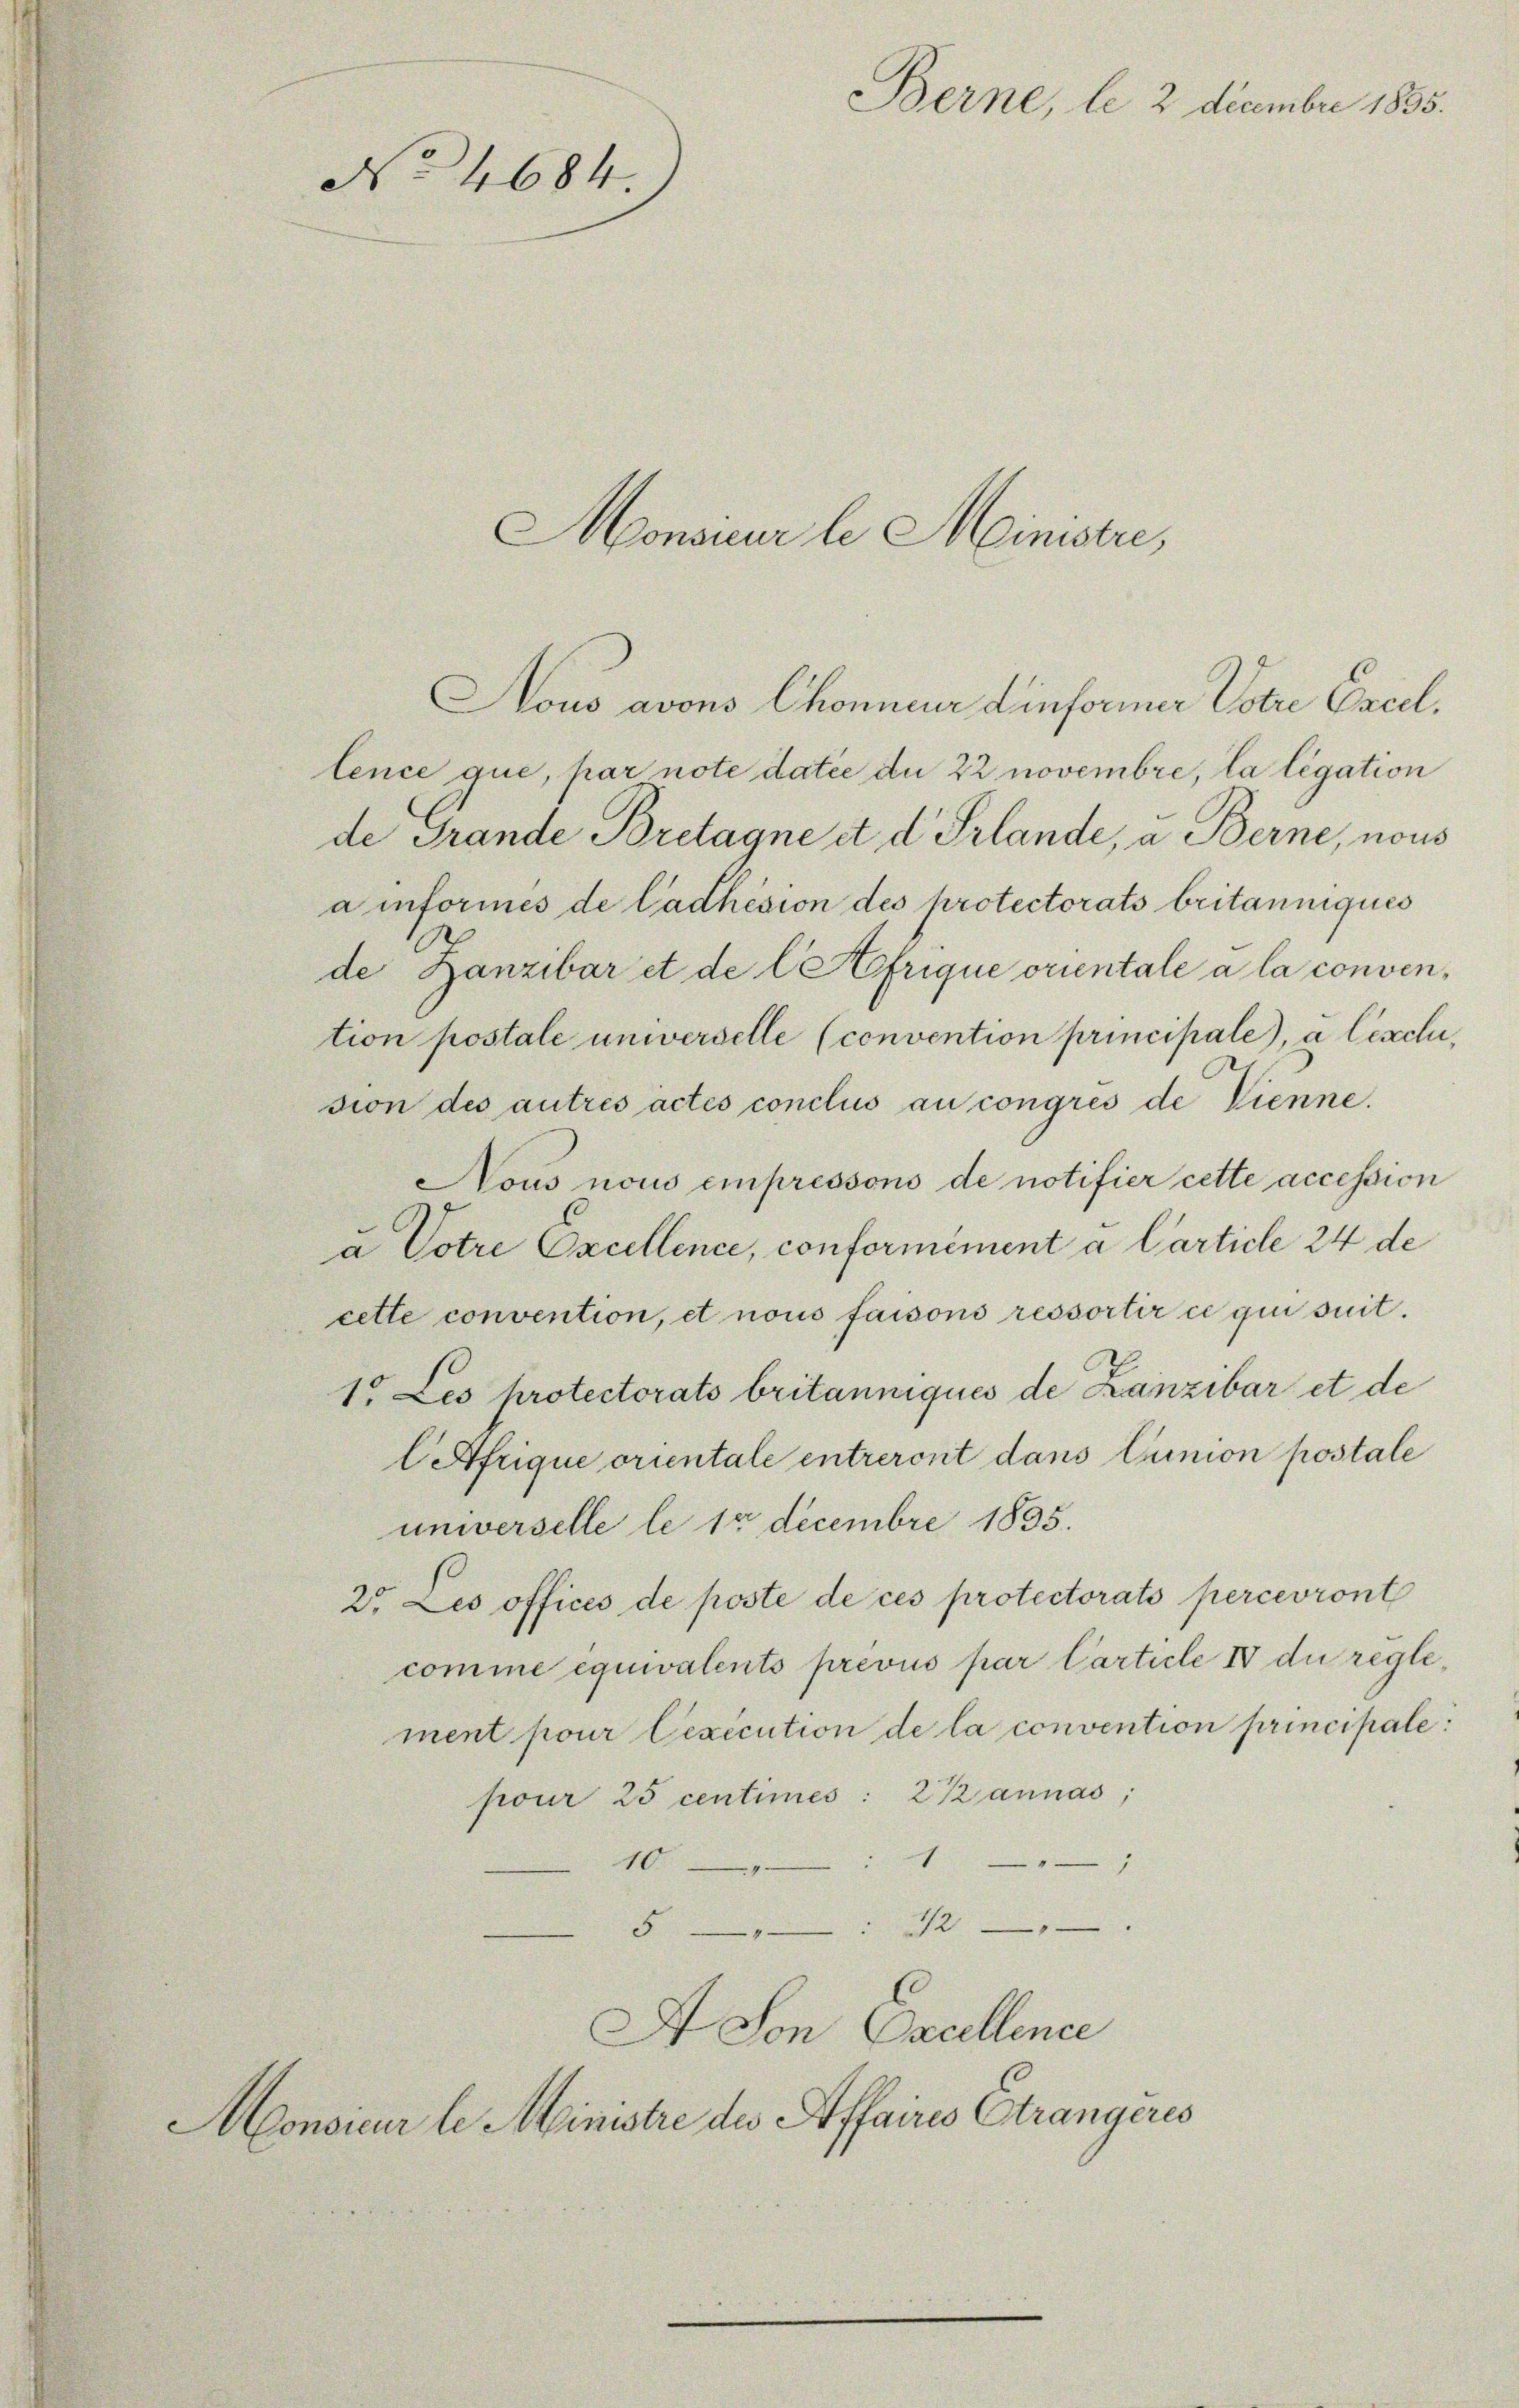
No 4684.

Nous avons Chonneur dinformer Votre Excellence que, par note datée du 22 novembre, la légation
de Frande Bretagne et d. Prlande, u. Berne, nous
a informes de Cadhesion des protectorats britanniques
de Zanzibar et de l Afrique orientale à la convention postale unverselle (convention principale), à Cexchi,
sion des autres actes conclus au congres de Vienne.
Nous nous empressono de notifier cette accession
a Votre Excellence, conformément a Carticle 24 de
cette convention, et nous faisons ressortir ce qui suit.
1. Les protectorats britanniqués de Kanzibar et de
CAfrique orientale entreront dans tunion postale
universelle le 12 Decembre 1835.
2° Les offices de poste de ces protectorats percevront
comme équivalents prevus par Carticle IV du reglement pour lexecution de la convention principale:
pour 25 centimes: 2 Kannas;
1
10
512
s
 Son Excellence
Monsieur le Ministre des Affaires Strangères

Berne, le 2 Decembre 1835.

Monsieur le Ministre,